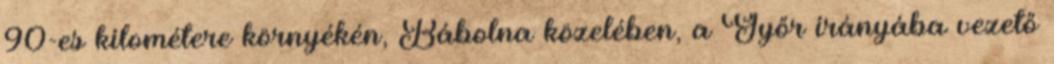
90-es kilométere környékén, Bábolna közelében, a Győr irányába vezető